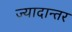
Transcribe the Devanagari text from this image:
ज्यादान्तर